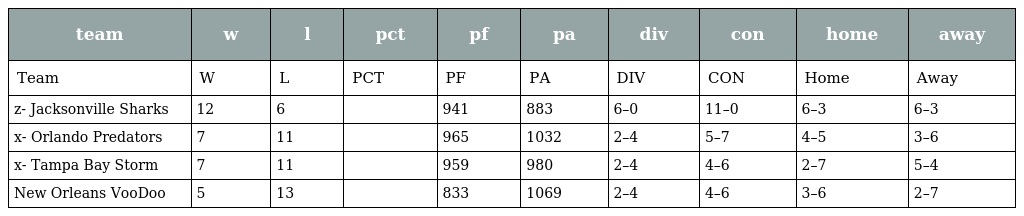
| team | w | l | pct | pf | pa | div | con | home | away |
 | --- | --- | --- | --- | --- | --- | --- | --- | --- | --- |
 | Team | W | L | PCT | PF | PA | DIV | CON | Home | Away |
 | z- Jacksonville Sharks | 12 | 6 |  | 941 | 883 | 6–0 | 11–0 | 6–3 | 6–3 |
 | x- Orlando Predators | 7 | 11 |  | 965 | 1032 | 2–4 | 5–7 | 4–5 | 3–6 |
 | x- Tampa Bay Storm | 7 | 11 |  | 959 | 980 | 2–4 | 4–6 | 2–7 | 5–4 |
 | New Orleans VooDoo | 5 | 13 |  | 833 | 1069 | 2–4 | 4–6 | 3–6 | 2–7 |